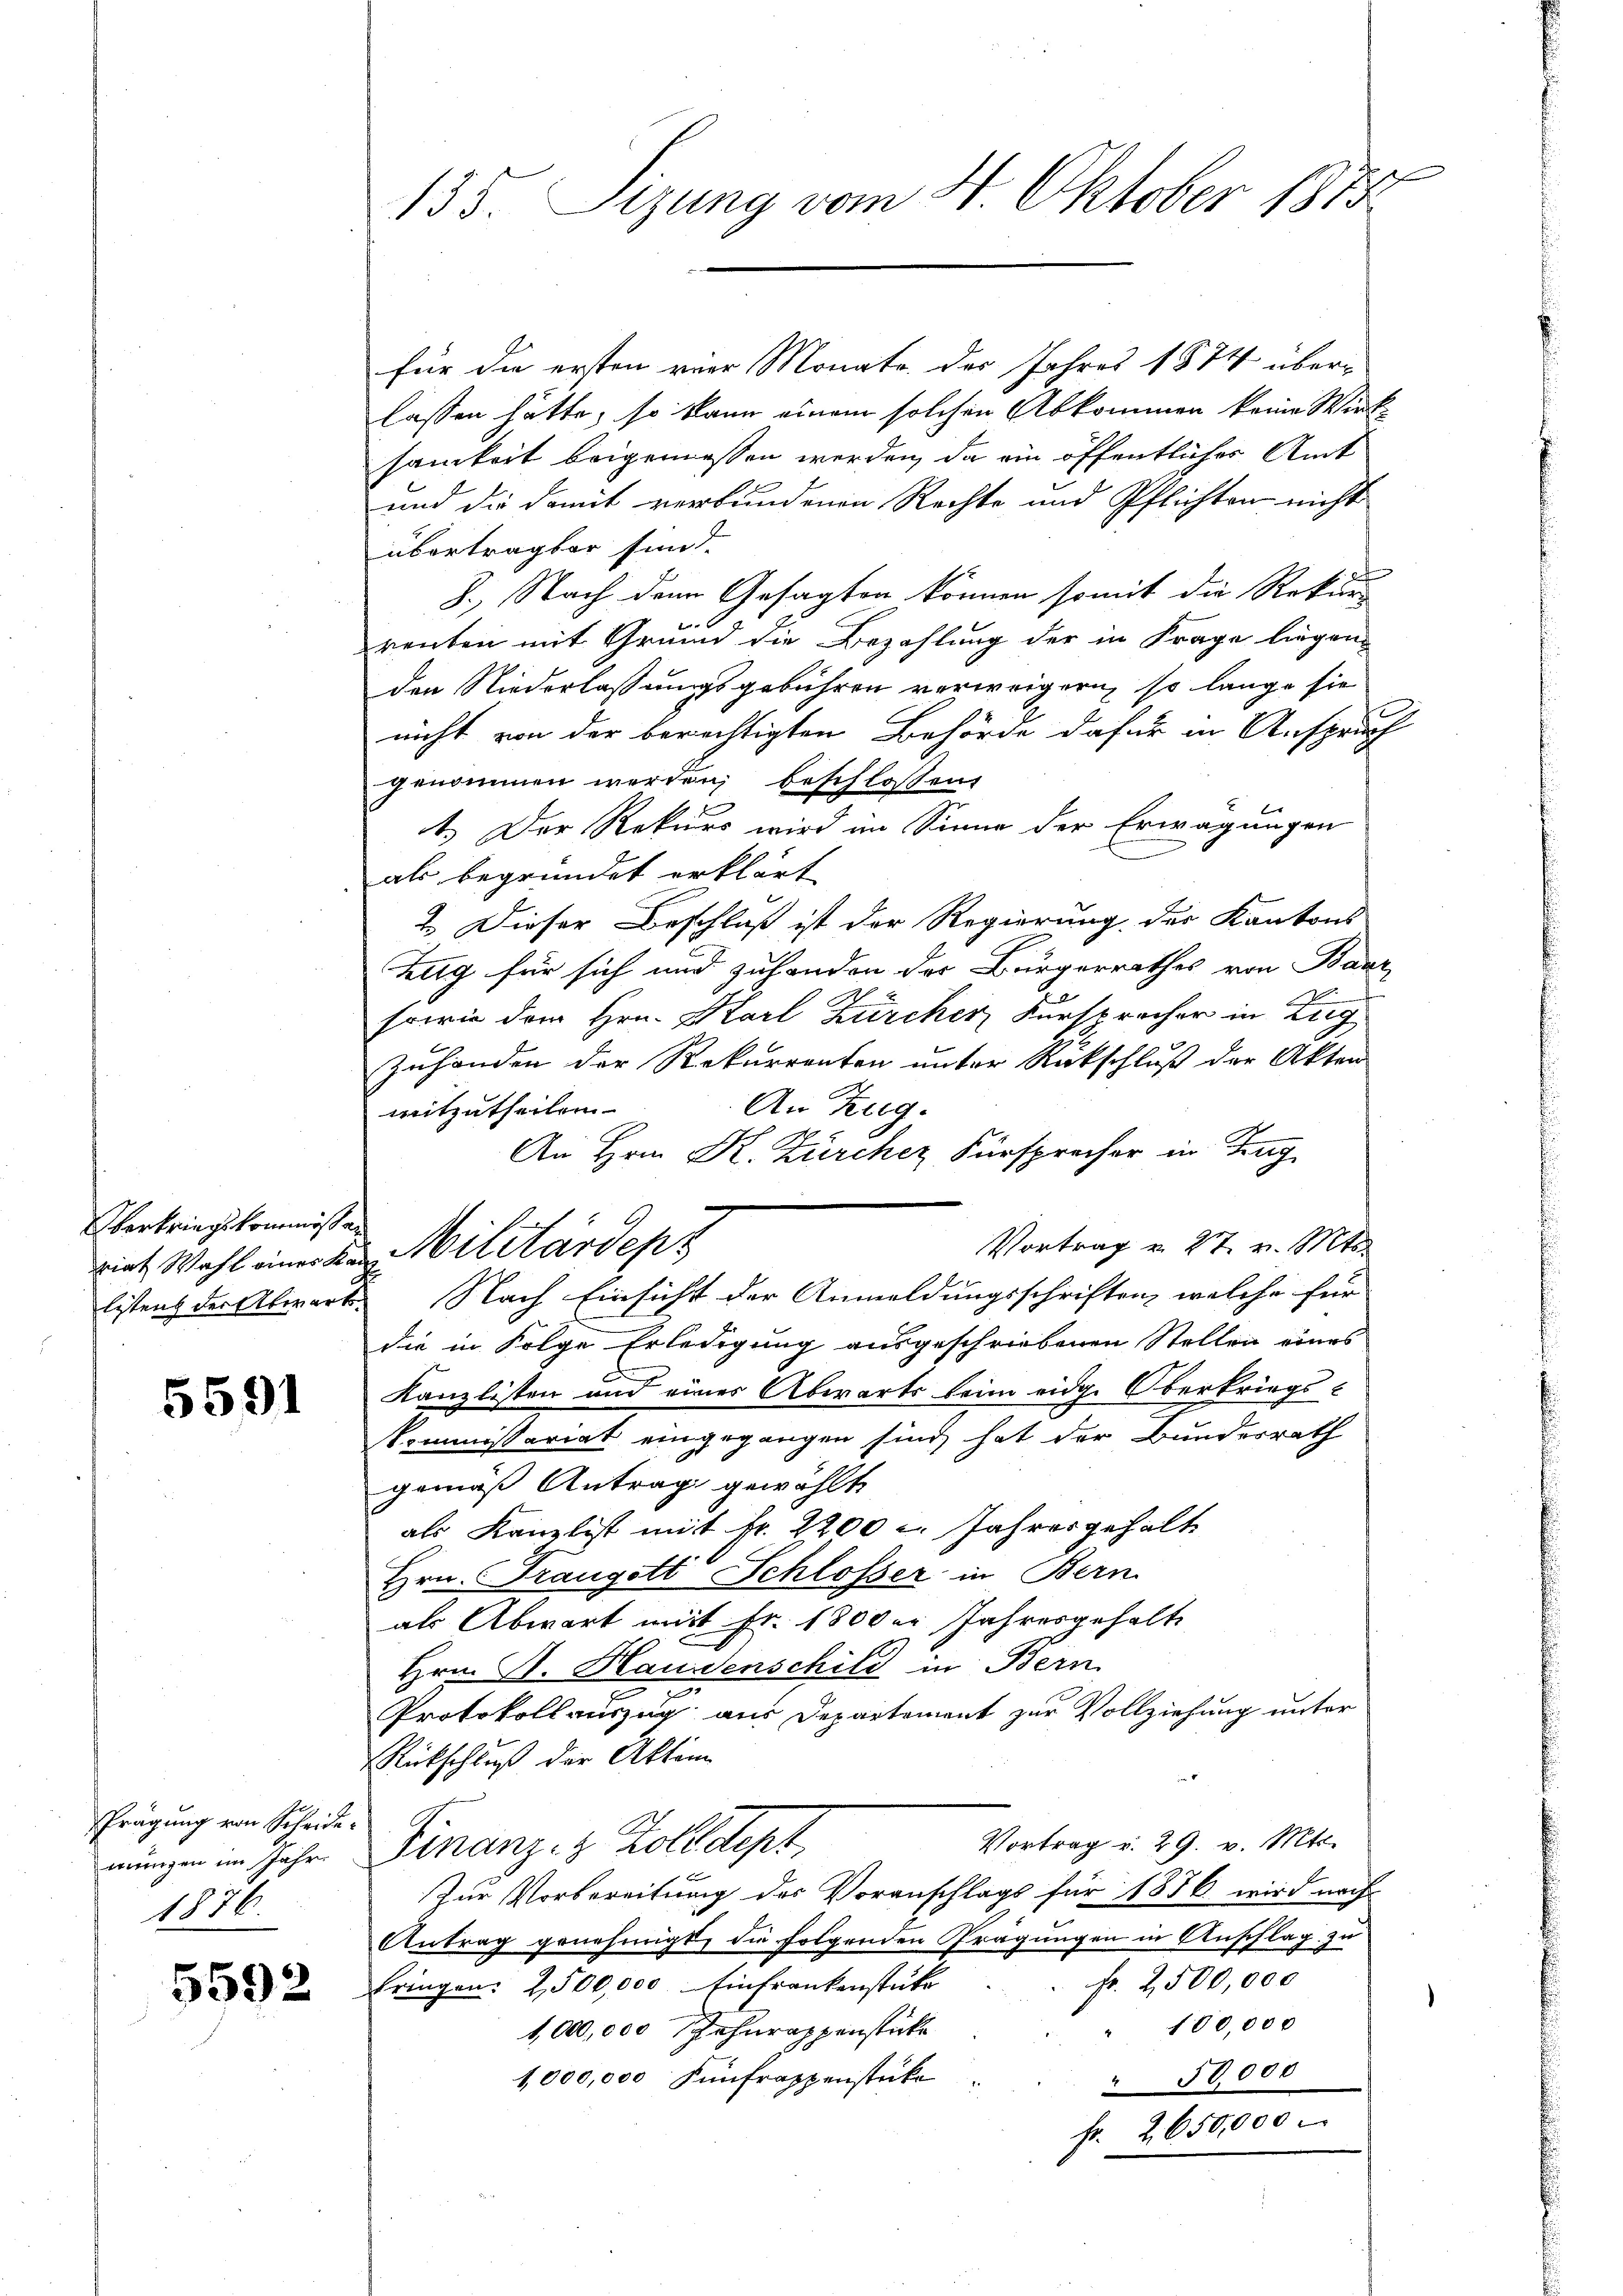
berkriegskommissan

5591

Prägung von Scheide
mungen im Jahr.
1876.

5592

135. Sizung vom 4. Oktober 1873.

für die ersten vier Monats des Jahres 1874 überlassen hätte, so kann einem solchen Abkommen keine Wirk-
samkeit beigemessen werden, da ein öffentliches Amt
und die damit verbundenen Rechte und Pflichten nicht
übertragbar sind.
f
J. Nach dem Gesagten können somit die Rekur-
kert
renten mit Grund die Bezahlung der in Frage liegen
den Niederlassungsgebühren verweigern, so lange sie
nicht von der berichtigten Behörde dafür in Anspruch
genommen werden, beschlossen:
1.) Der Rekurs wird im Sinne der Erwägungen
als begründet erklärt
2. Dieser Beschluß ist der Regierung der Kantons
Zug für sich und zuhanden der Bürgerrathes von Baur
sowie dem Hrn. Karl Zürcher, Fürsprecher in Zug
Zuhanden der Rekurrenten unter Rückschluß der Akten
An Zug.
mitzutheilen
An Hrn K. Zürcher Fürsprecher in Trag
Vortrag u. 27. v. Mts.
viel Wahl einer den Militärdepz
listens der Abwart. Nach Einsicht der Anmeldungsschriften, welche für
die in Folge Erledigung ausgeschriebenen Stellen eines
Kanzlisten und eines Abwarts beim eidg. Oberkriegs-
kommissariat eingegangen sind, hat der Bundesrath
gemäß Antrag gewählte
als Kanzlist mit Nr. 2200 l. Jahres gehalt
Hrn. Frangett Schlosser in Bern
als Abwart mit Fr. 1800er Jahresgehalt
Hrn. St. Hausenschild in Bern
Protokollauszug aus Departement zur Vollziehung unter
Rückschluß der Akten
Vortrag v. 29. v. Mts.
Finanz- & Zolldept,
Zur Vorbereitung des Voranschlags für 1876 wird nach
Antrag genehmigt, die folgenden Prägungen in Anschlag zu
Fr. 2500,000
bringen: 2500,000 Einfrankenstüke
" 100,000
1,000,000 herappenstücke
1,000,000 Einfrappenstücke
50,000
650,000